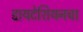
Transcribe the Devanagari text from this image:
डायटेशियनचा